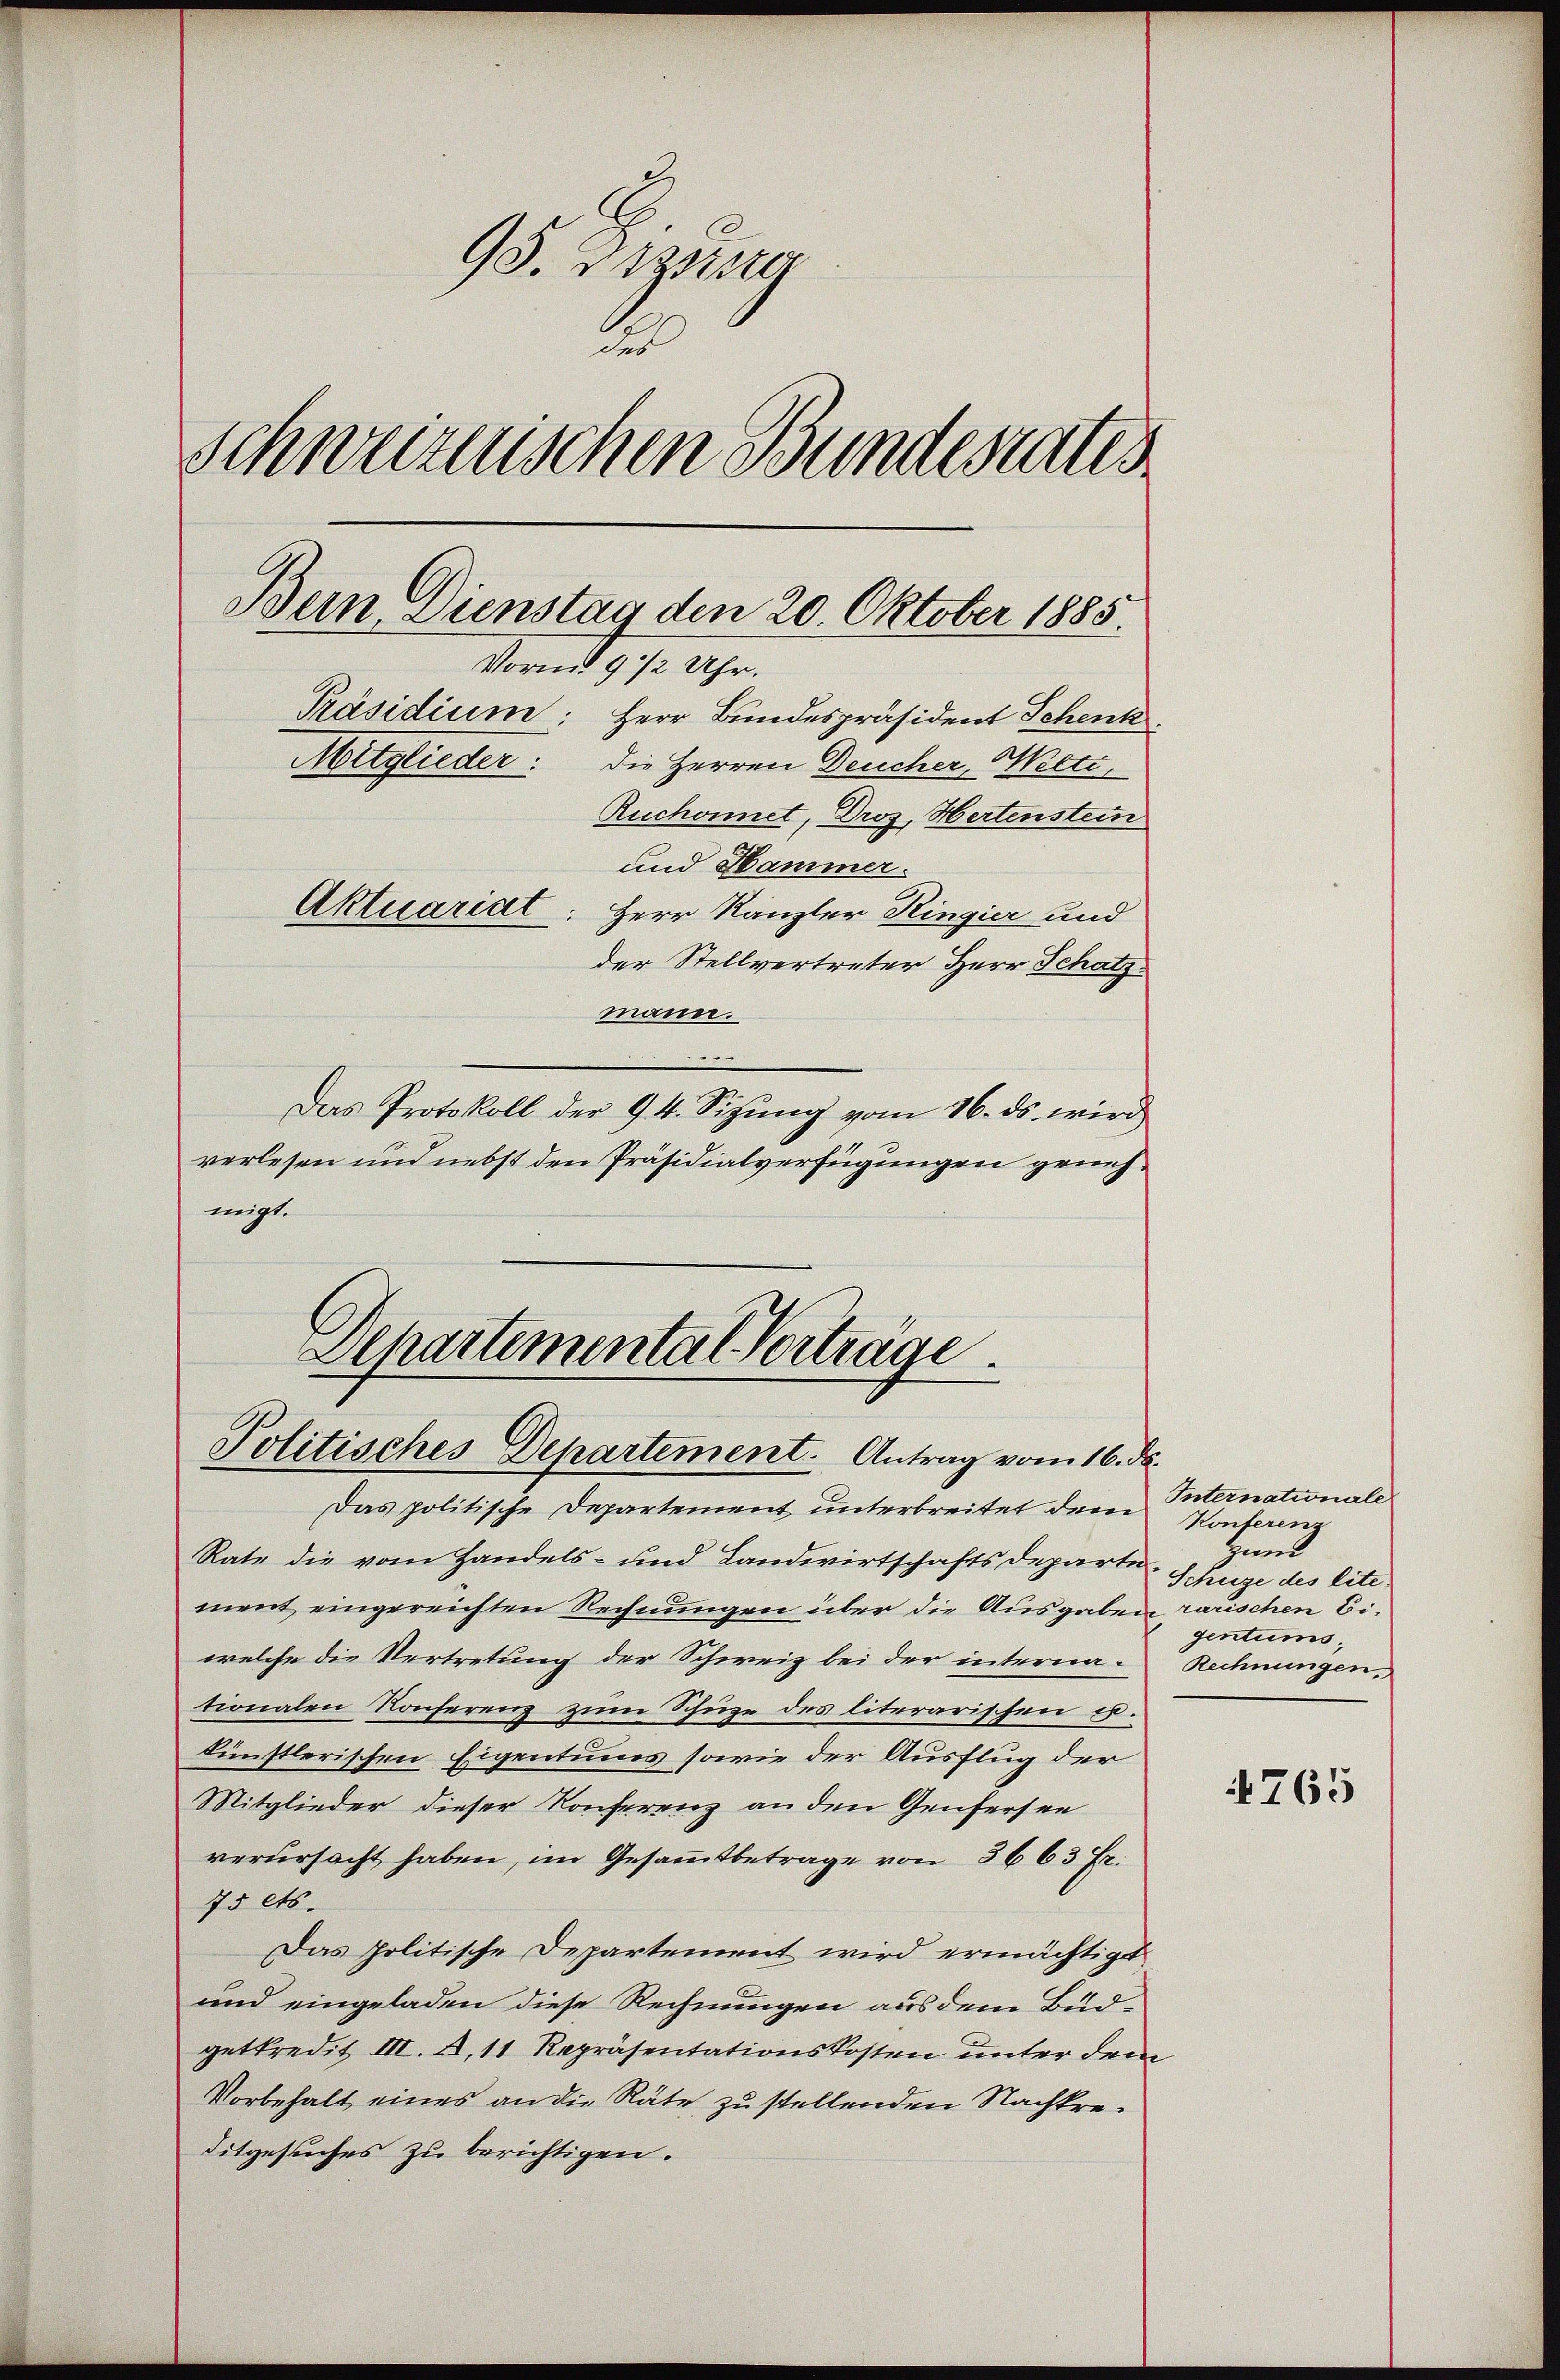
95. 2 Zuster
des
Schweizerischen Bundesrates
Bein Dienstag den 20. Oktober 1885.
Vormit 9 1/2 Uhr.
Präsidium: Herr Bundespräsident Schenk
Mitglieder: die Herren Deucher, Welti,
Ruchonnet, Droz, Hertenstein
und Hammer.
Aktuariat: Herr Kanzler Ringier und
der Stellvertreter Herr Schatz
mann.

Das Protokoll der 94. Sizung vom 16. ds. wird
verlesen und nebst den Präsidialverfügungen genehmigt.
Dehartemental Vorträge.

Politisches Departement. Antrag vom 16. ds.

Das politische Departement unterbreitet dem Konferenz
Rate die vom Handels- und Landwirtschaftsdeparte
ment eingereichten Rechnungen über die Ausgaben rarischen Biwelche die Vertretung der Schweiz bei der internationalen Konferenz zum Schuze des literarischen u.
künstlerischen Eigentums sowie der Ausflug der
Mitglieder dieser Konferenz an den Genfersen
verursacht haben, im Gesammtbetrage von 3663 Fr.
75 ets.
Das politische Departement wird ermächtigt
und eingeladen diese Rechnungen aus dem Büdgetkredit III. B,11 Repräsentationskosten unter dem
Vorbehalt eines an die Räte, zu stellenden Nachkreditgesuches zu berichtigen.

Internationale
Zum
Schüze des lite.
gentums.
Rechnungen.

4765